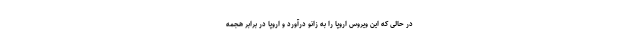
در حالی که این ویروس اروپا را به زانو درآورد و اروپا در برابر هجمه